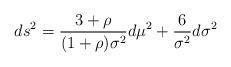
LaTeX: \begin{align*}ds^{2}=\frac{3+\rho}{(1+\rho)\sigma^{2}}d\mu^{2}+\frac{6}{\sigma^{2}}d\sigma^{2}\end{align*}